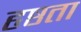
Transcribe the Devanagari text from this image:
हृष्ठता